Vaccine operations Central Provinces & Berar 1922-1929 - 1922-1929
Year: 1922
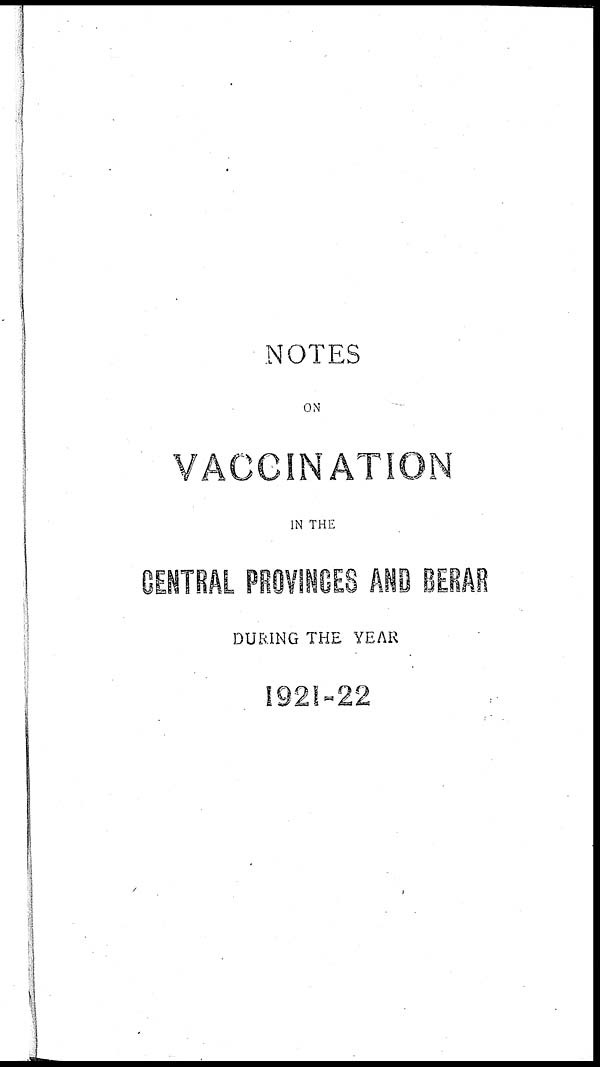
NOTES
ON
VACCINATION
IN THE
CENTRAL PROVINCES AND BERAR
DURING THE YEAR
1921-22